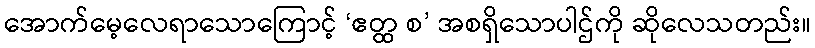
အောက်မေ့လေရာသောကြောင့် ‘ဧတ္ထ စ’ အစရှိသောပါဌ်ကို ဆိုလေသတည်း။